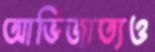
আভিজাত্যও